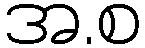
အ.စ